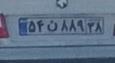
۵۴ن۸۸۹۳۸